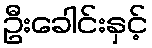
ဦးခေါင်းနှင့်